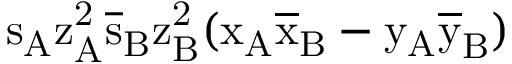
\mathrm { s _ { A } \mathrm { z _ { A } ^ { 2 } \mathrm { \overline { { s } } _ { B } \mathrm { z _ { B } ^ { 2 } ( \mathrm { x _ { A } \mathrm { \overline { { x } } _ { B } - \mathrm { y _ { A } \mathrm { \overline { { y } } _ { B } ) } } } } } } } }